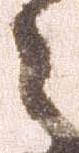
々